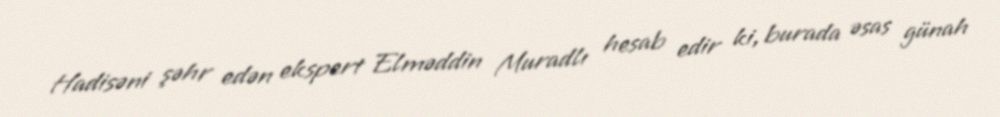
Hadisəni şəhr edən ekspert Elməddin Muradlı hesab edir ki, burada əsas günah